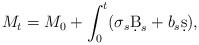
LaTeX: \begin{align*} M_t = M_0 + \int_{0}^t (\sigma_s \d B_s + b_s \d s), \end{align*}